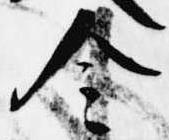
令